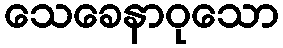
သေခေနာဝုသော